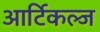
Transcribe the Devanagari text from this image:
आर्टिकल्ज